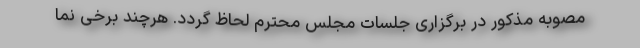
مصوبه مذکور در برگزاری جلسات مجلس محترم لحاظ گردد. هرچند برخی نما